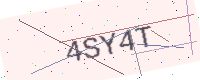
Text: 4SY4T